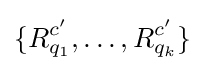
\{R_{q_{1}}^{c'},\ldots ,R_{q_{k}}^{c'}\}